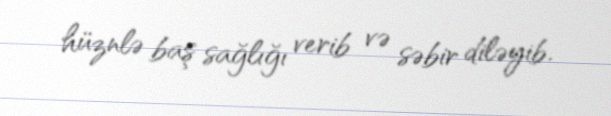
hüznlə baş sağlığı verib və səbir diləyib.